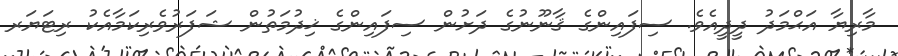
މާރިޔާ އަޙްމަދު ދީދީއެވެ. ސިފައިންގެ ޤާނޫނުގެ ދަށުން ސިފައިންގެ ޚިދުމަތުން ޝަފަރުވެރިކަމާއެކު ރިޓަޔަރ